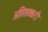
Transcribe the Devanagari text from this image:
अतिशक्करी